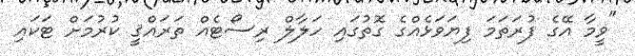
"ވީމާ އޭގެ ފުރަތަމަ ފިޔަވަޅެއްގެ ގޮތުގައި ހަލާލް ރިސޯޓެއް ތަރައްޤީ ކުރުމަށް ޓަކައި